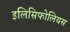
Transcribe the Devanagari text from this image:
इलिसिफोलियस